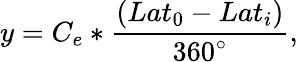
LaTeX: y=C_{e}*\frac{(Lat_{0}-Lat_{i})}{360^{\circ}},